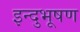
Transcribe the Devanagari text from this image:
इन्दुभूषण